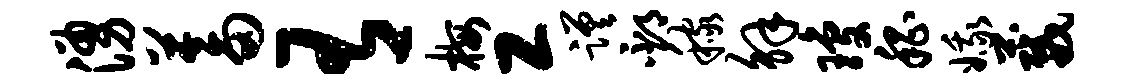
涌蓄有梅工蹉邳稼解琼嵇娥葳